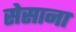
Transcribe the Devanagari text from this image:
सेसाना